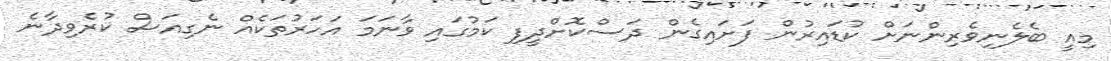
މިއީ ބެލެނިވެރިންނަށް ކުޑައިރުން ފަށައިގެން ދަސްކޮށްދީފި ކަމުގައި ވާނަމަ އަހަރުތަކެއް ނެގިއަސް ކުރެވިދާނެ